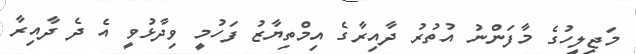
މަޖިލީހުގެ މާފަންނު އުތުރު ދާއިރާގެ އިމްތިޔާޒު ފަހުމީ ވިދާޅުވީ އެ ދެ ދާއިރާ